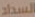
السداد